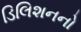
ડિલિશનનો